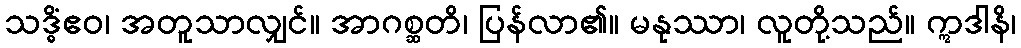
သဒ္ဓိံဧဝ၊ အတူသာလျှင်။ အာဂစ္ဆတိ၊ ပြန်လာ၏။ မနုဿာ၊ လူတို့သည်။ ဣဒါနိ၊